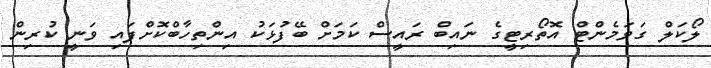
ލޯކަލް ގަވަމެންޓް އޮތޯރިޓީގެ ނައިބް ރައީސް ކަމަށް ބޭފުޅަކު އިންތިހާބްކޮށްފައި ވަނީ ކުރިން